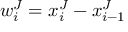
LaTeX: w _ { i } ^ { J } = x _ { i } ^ { J } - x _ { i - 1 } ^ { J }